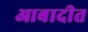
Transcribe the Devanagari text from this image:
आबादीत